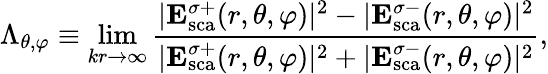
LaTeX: \Lambda_{\theta,\varphi}\equiv\operatorname*{lim}_{kr\rightarrow\infty}\frac{|\mathbf{E}_{\mathrm{{sca}}}^{\sigma+}(r,\theta,\varphi)|^{2}-|\mathbf{E}_{\mathrm{sca}}^{\sigma-}(r,\theta,\varphi)|^{2}}{|\mathbf{E}_{\mathrm{{sca}}}^{\sigma+}(r,\theta,\varphi)|^{2}+|\mathbf{E}_{\mathrm{sca}}^{\sigma-}(r,\theta,\varphi)|^{2}},